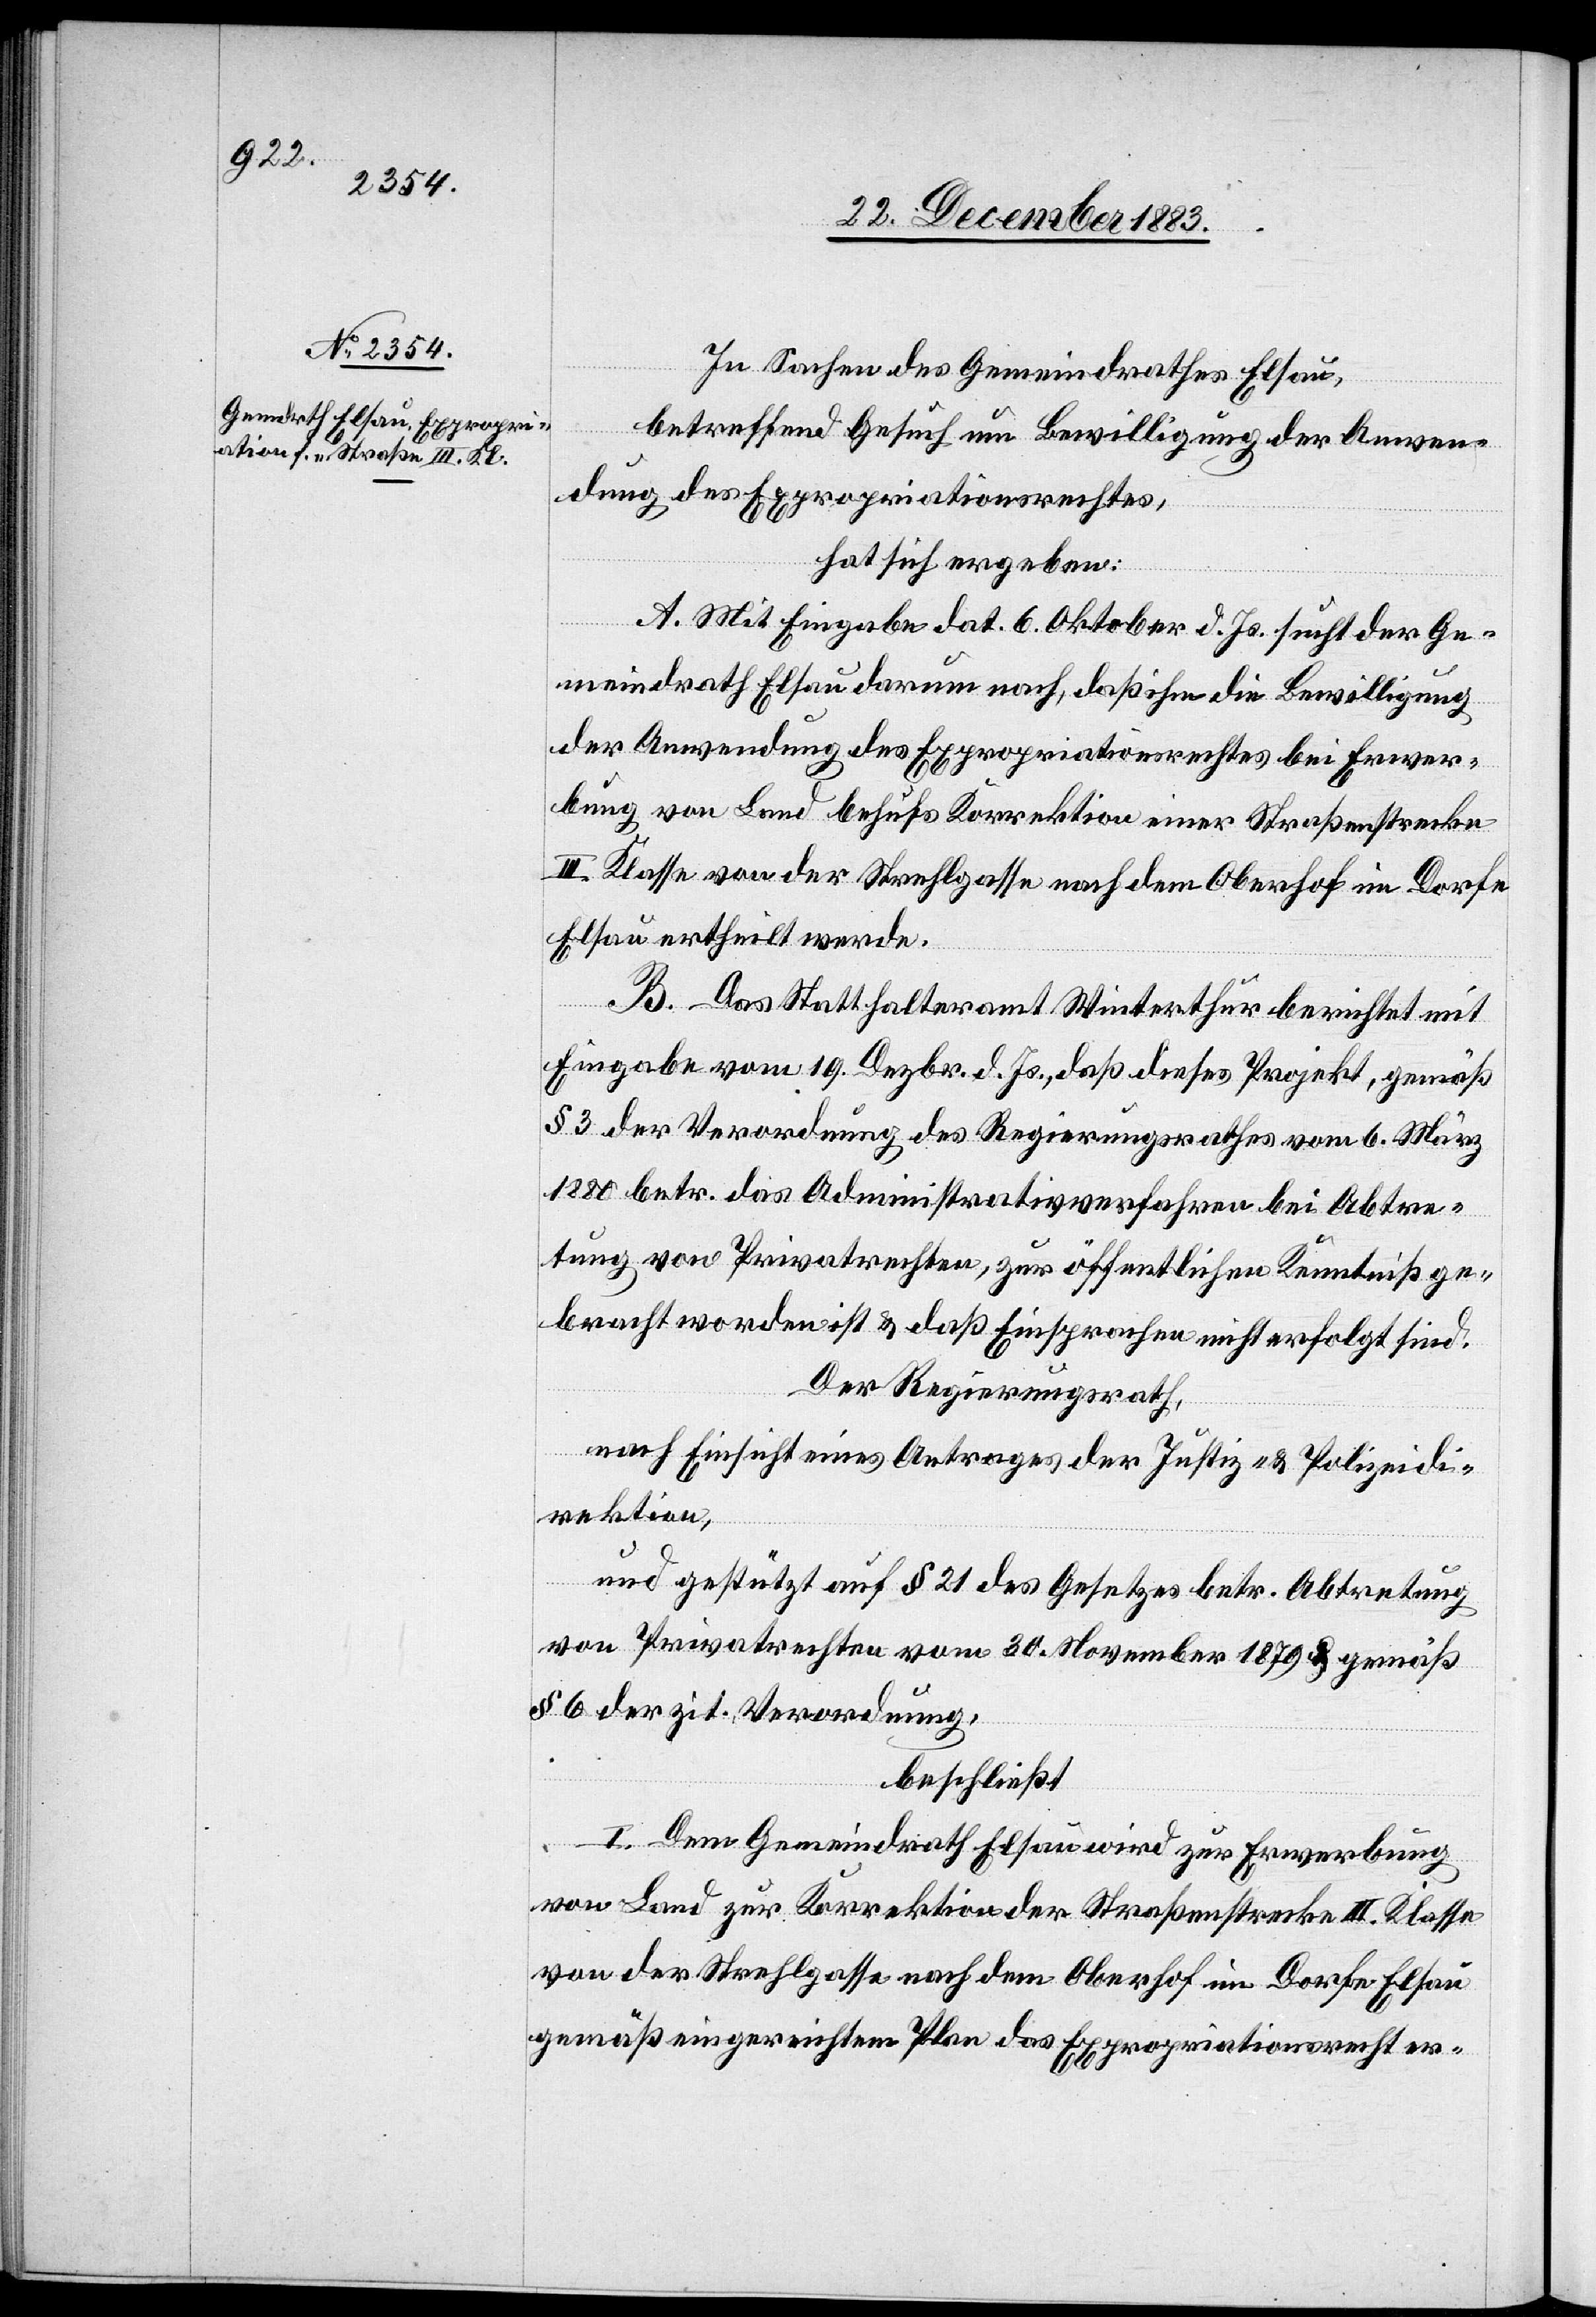
In Sachen des Gemeindrathes Elsau,
betreffend Gesuch um Bewilligung der Anwen¬
dung des Expropriationsrechtes,
hat sich ergeben:
A. Mit Eingabe dat. 6. Oktober d. Js. sucht der Ge¬
meindrath Elsau darum nach, daß ihm die Bewilligung
zur Anwendung des Expropriationsrechtes bei Erwer¬
bung von Land behufs Korrektion einer Straßenstrecke
III. Klasse von der Strehlgasse nach dem Oberhof im Dorfe
Elsau ertheilt werde.
B. Das Statthalteramt Winterthur berichtet mit
Eingabe vom 19. Dezbr. d. Js., daß dieses Projekt, gemäß
§ 3 der Verordnung des Regierungsrathes vom 6. März
1880 betr. das Administrativverfahren bei Abtre¬
tung von Privatrechten, zur öffentlichen Kenntniß ge¬
bracht worden ist & daß Einsprachen nicht erfolgt sind.
Der Regierungsrath,
nach Einsicht eines Antrages der Justiz- & Polizeidi¬
rektion,
und gestützt auf § 21 des Gesetzes betr. Abtretung
von Privatrechten vom 30. November 1879 gemäß
§ 6 der zit. Verordnung,
beschließt:
I. Dem Gemeindrath Elsau wird zur Erwerbung
von Land zur Korrektion der Straßenstrecke III. Klasse
von der Strehlgasse nach dem Oberhof im Dorfe Elsau
gemäß eingereichtem Plan das Expropriationsrecht er-